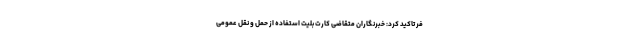
فر تاکید کرد: خبرنگاران متقاضی کارت بلیت استفاده از حمل و نقل عمومی